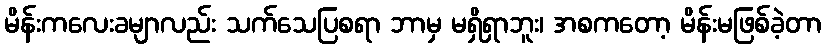
မိန်းကလေးခမျာလည်း သက်သေပြစရာ ဘာမှ မရှိရှာဘူး၊ အစကတော့ မိန်းမဖြစ်ခဲ့တာ